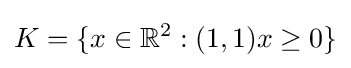
K=\{x\in \mathbb {R} ^{2}:(1,1)x\geq 0\}